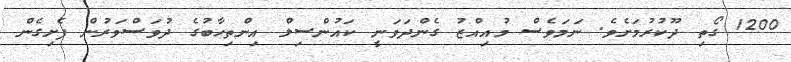
1200 ގޯތި ދޫކުރުމަށެވެ. ނަމަވެސް މުއިއްޒު ގެންދަވަނީ ކައުންސިލް އިންތިހާބުގެ ދުވަސްވަރުން ފެށިގެން